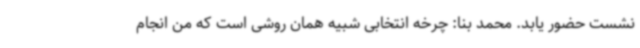
نشست حضور یابد. محمد بنا: چرخه انتخابی شبیه همان روشی است که من انجام